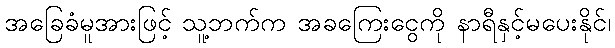
အခြေခံမူအားဖြင့် သူ့ဘက်က အခကြေးငွေကို နာရီနှင့်မပေးနိုင်၊